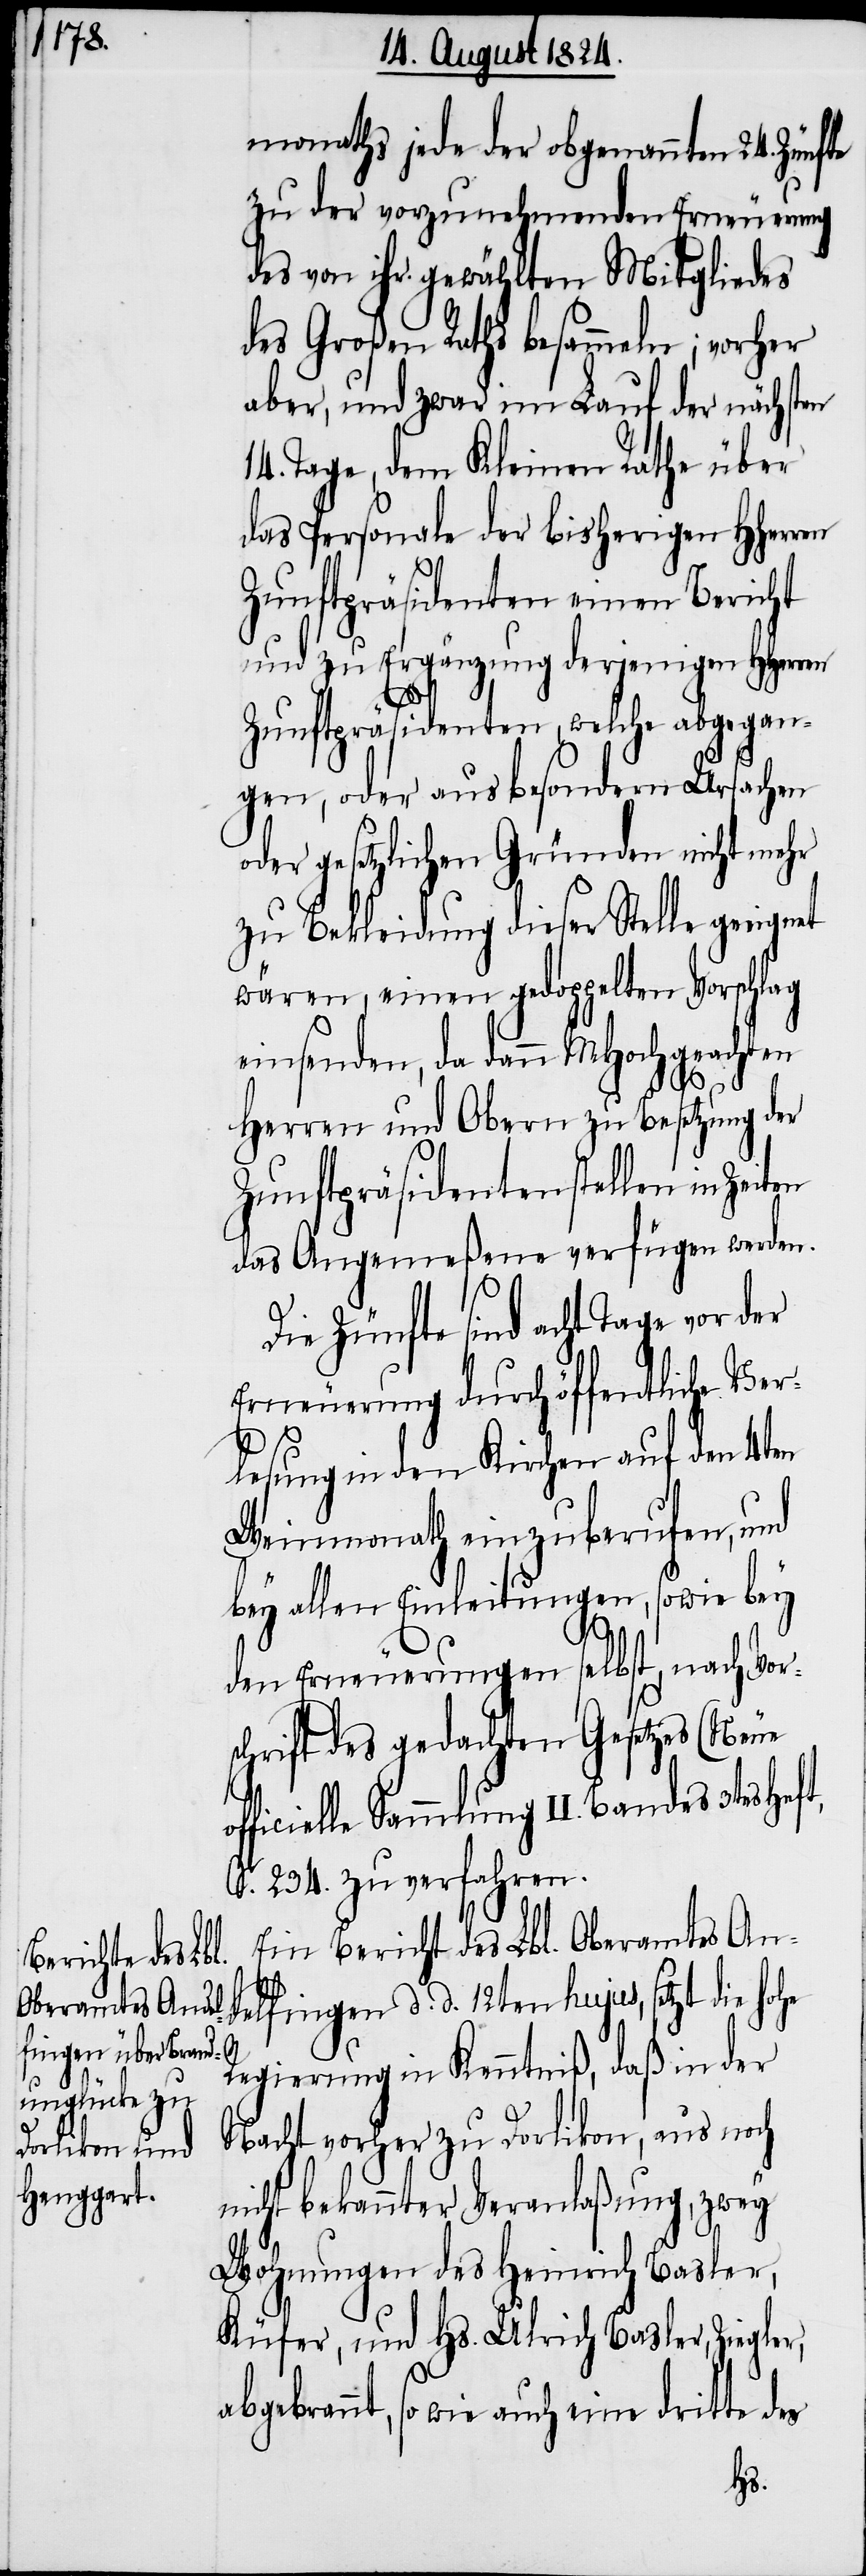
monaths jede der obgenannten 24. Zünfte
zu der vorzunehmenden Erneuerung
des von ihr gewählten Mitgliedes
des Großen Raths besammeln; vor¬
aber, und zwar im Lauf der nächsten
14. Tage, dem Kleinen Rathe über
das Personale der bisherigen HHerren
Zunftpräsidenten, welche abgegan¬
gen, oder aus besondern Ursachen
oder gesetzlichen Gründen nicht mehr
zu Bekleidung dieser Stelle geeignet
wären, einen gedoppelten Vorschlag
einsenden, da dann MHochgeachten
Herren und Obern zu Besetzung der
Zunftpräsidentenstellen in
das Angemeßene verfügen werden.
Die Zünfte sind acht Tage vor der
Erneuerung durch öffentliche Ver¬
lesung in den Kirchen auf den 4ten
Weinmonath einzuberufen, und
bey allen Einleitungen, sowie bey
den Erneuerungen selbst, nach Vor¬
schrift des gedachten Gesetzes (Neue
officielle Sammlung II. Bandes 3tes Heft,
S. 234. zu verfahren.
Ein Bericht des Lbl. Oberamtes An¬
delfingen d. d. 12ten hujus, setzt die
Regierung in Kenntniß, daß in der
Nacht vorher zu Dorlikon, aus noch
nicht bekannter Veranlaßung, zwey
Wohnungen des Heinrich Basler,
Küfer, und Hs. Ulrich Basler, Ziegler,
abgebrannt, so wie auch eine dritte des
her